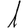
Digit: 1